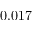
0 . 0 1 7